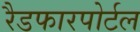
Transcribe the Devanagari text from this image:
रैडफारपोर्टल